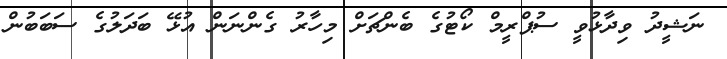
ނަޝީދު ވިދާޅުވީ ސުޕްރީމް ކޯޓުގެ ބެންޗަށް މިހާރު ގެންނަން އުޅޭ ބަދަލުގެ ސަބަބުން